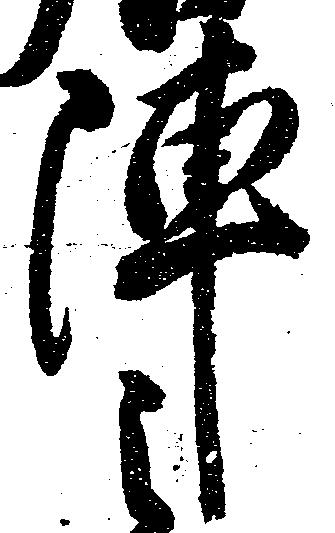
陣